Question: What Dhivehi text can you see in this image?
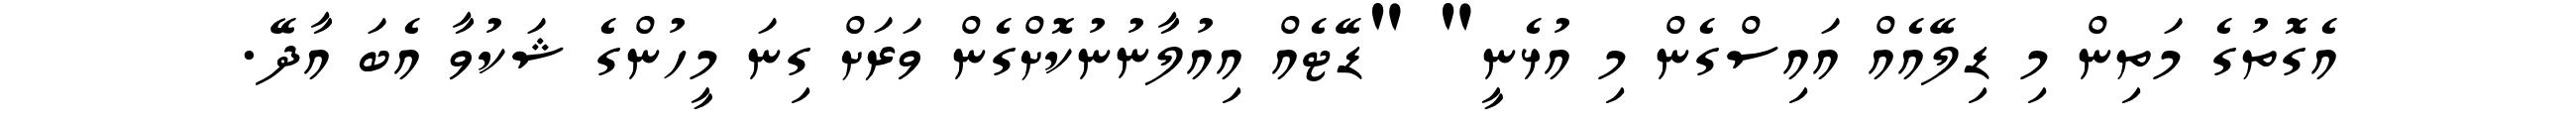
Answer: އެގޮތުގެ މަތިން މި ޑިލޭއެއް އައިސްގެން މި އުޅެނީ" "ޑޭޓެއް އިއުލާނުނުކޮށްގެން ވަރަށް ގިނަ މީހުންގެ ޝަކުވާ އެބަ އާދޭ.